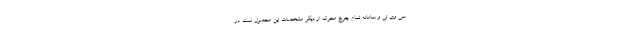
سی وی تی و سامانه تمام چرخ محرک از دیگر مشخصات این محصول است. در